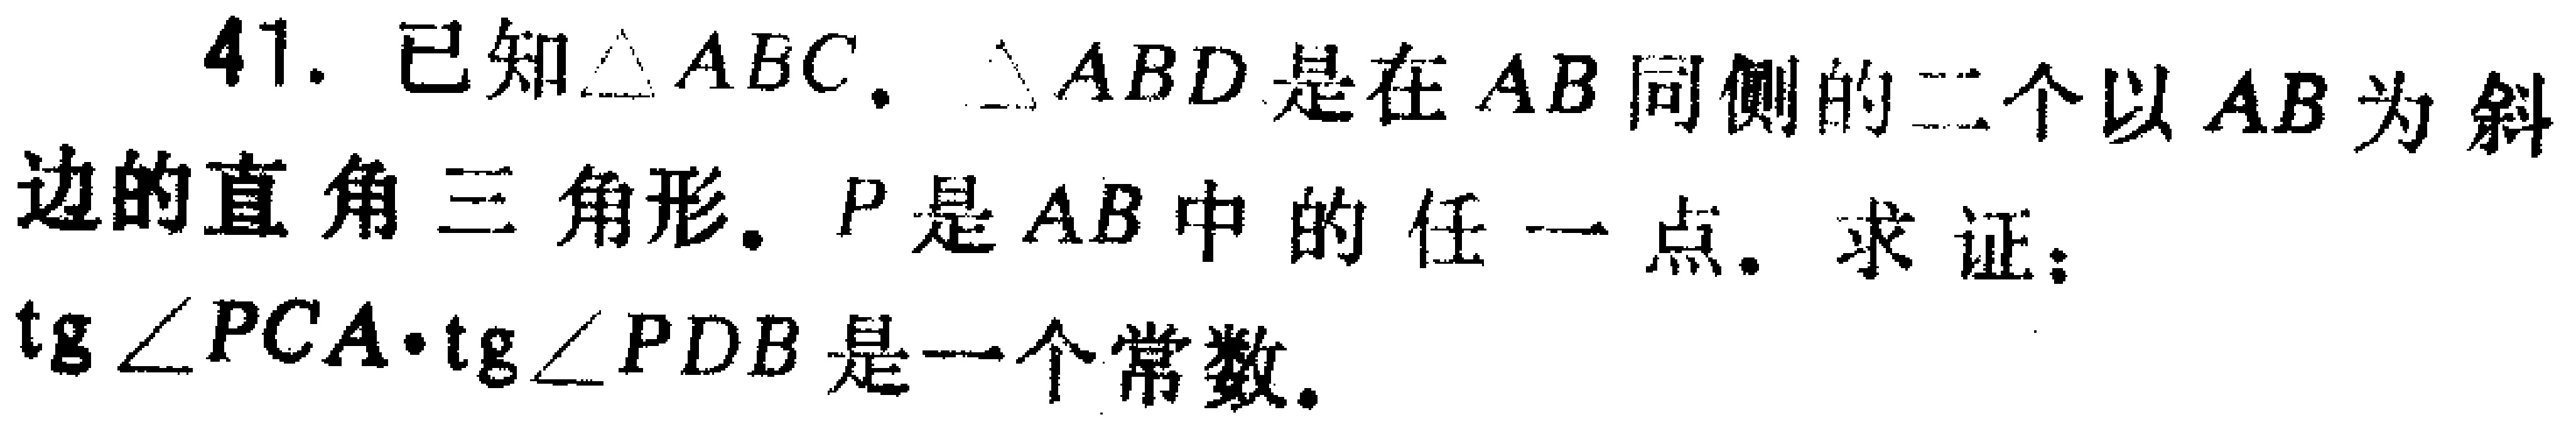
41. 已知$\triangle ABC$，$\triangle ABD$是在$AB$同侧的二个以$AB$为斜边的直角三角形，$P$是$AB$中的任一点，求证：$\mathrm{tg}\angle PCA\cdot\mathrm{tg}\angle PDB$是一个常数。